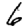
Digit: 6